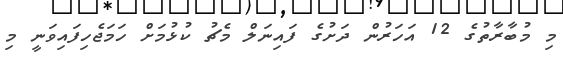
މި މުބާރާތުގެ 12 އަހަރުން ދަށުގެ ފައިނަލް މެޗު ކުޅުމަށް ހަމަޖެހިފައިވަނީ މި